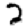
Digit: 2